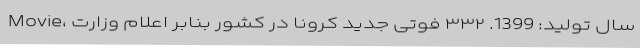
Movie، سال تولید: 1399. ۳۳۲ فوتی جدید کرونا در کشور بنابر اعلام وزارت